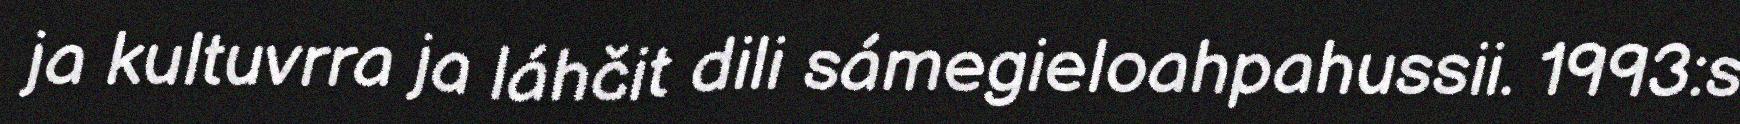
ja kultuvrra ja láhčit dili sámegieloahpahussii. 1993:s